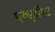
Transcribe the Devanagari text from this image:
एक्झॉस्ट